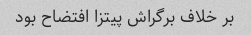
بر خلاف برگراش پیتزا افتضاح بود